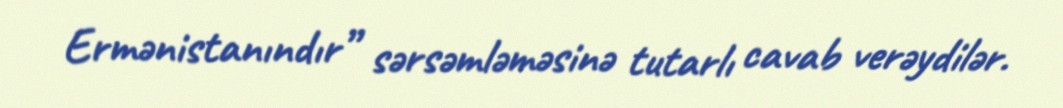
Ermənistanındır” sərsəmləməsinə tutarlı cavab verəydilər.